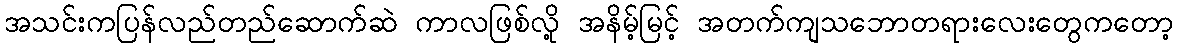
အသင်းကပြန်လည်တည်ဆောက်ဆဲ ကာလဖြစ်လို့ အနိမ့်မြင့် အတက်ကျသဘောတရားလေးတွေကတော့